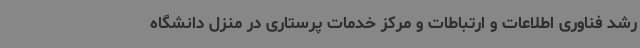
رشد فناوری اطلاعات و ارتباطات و مرکز خدمات پرستاری در منزل دانشگاه